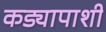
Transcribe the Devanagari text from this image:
कड्यापाशी